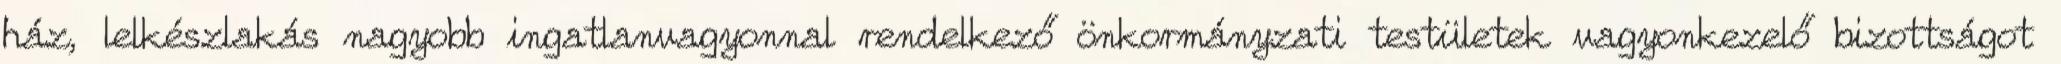
ház, lelkészlakás nagyobb ingatlanvagyonnal rendelkező önkormányzati testületek vagyonkezelő bizottságot